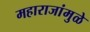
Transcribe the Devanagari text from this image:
महाराजांमुळे